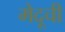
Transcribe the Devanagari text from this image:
मेदूची